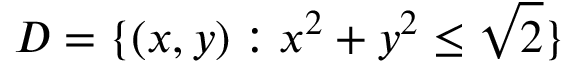
D = \{ ( x , y ) : x ^ { 2 } + y ^ { 2 } \leq \sqrt { 2 } \}